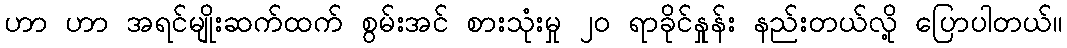
ဟာ ဟာ အရင်မျိုးဆက်ထက် စွမ်းအင် စားသုံးမှု ၂၀ ရာခိုင်နှုန်း နည်းတယ်လို့ ပြောပါတယ်။